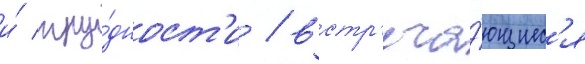
и́ тру́дност'и / встр'еча́ющиес'я